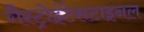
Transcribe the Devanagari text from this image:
गैस्ट्रोइंटेसटाइनल